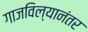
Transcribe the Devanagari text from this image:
गाजविल्यानंतर